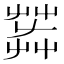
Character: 𦱠